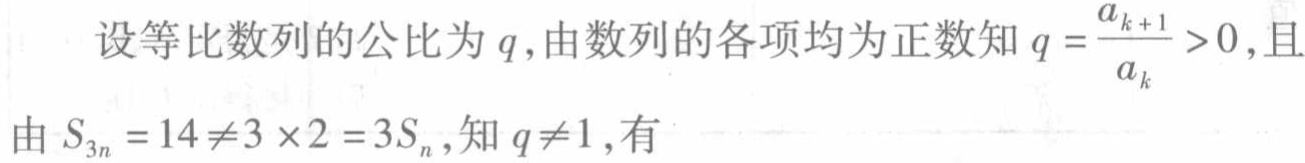
设等比数列的公比为\(q\)，由数列的各项均为正数知\(q = \frac{a_{k + 1}}{a_{k}}>0\)，且
由\(S_{3n} = 14\neq3\times2 = 3S_{n}\)，知\(q\neq1\)，有